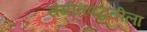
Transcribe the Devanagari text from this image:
संगीतपद्धतीला